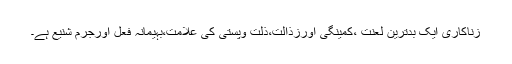
زناکاری ایک بدترین لعنت ،کمینگی اورزذالت،ذلت وپستی کی علامت،بہیمانہ فعل اورجرم شنیع ہے۔